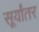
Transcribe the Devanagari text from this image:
सूर्यांतर